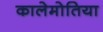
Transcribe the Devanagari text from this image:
कालेमोतिया